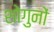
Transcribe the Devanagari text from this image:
शोगुनों